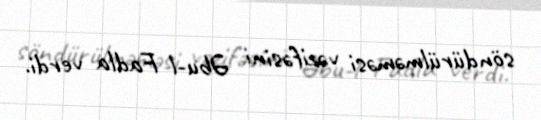
söndürülməməsi vəzifəsini Əbu-l Fadla verdi.